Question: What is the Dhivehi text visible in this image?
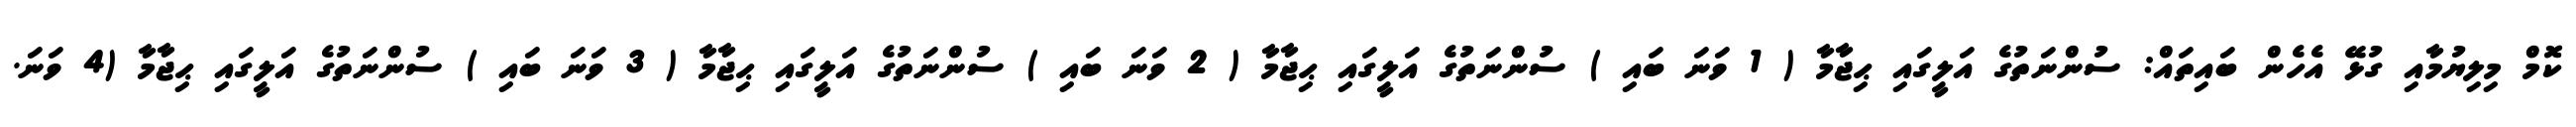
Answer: ކޮމް މިލިޔުމާއި ގުޅޭ އެހެން ބައިތައް: ސުންނަތުގެ އަލީގައި ޙިޖާމާ ( 1 ވަނަ ބައި ) ސުންނަތުގެ އަލީގައި ޙިޖާމާ ( 2 ވަނަ ބައި ) ސުންނަތުގެ އަލީގައި ޙިޖާމާ ( 3 ވަނަ ބައި ) ސުންނަތުގެ އަލީގައި ޙިޖާމާ (4 ވަނަ.